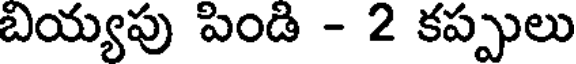
బియ్యపు పిండి - 2 కప్పులు